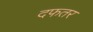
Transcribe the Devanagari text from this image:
दफतर